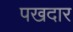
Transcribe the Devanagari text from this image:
पखदार